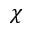
\chi